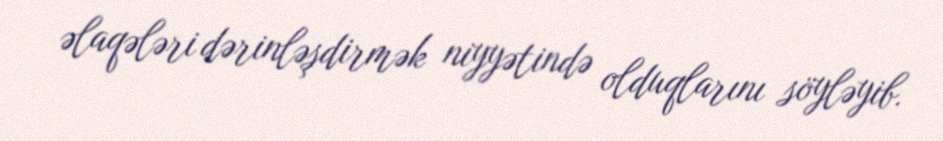
əlaqələri dərinləşdirmək niyyətində olduqlarını söyləyib.